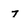
Character: 7